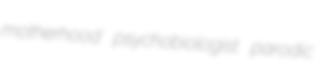
motherhood psychobiologist parodic